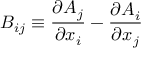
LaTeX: B _ { i j } \equiv { \frac { \partial A _ { j } } { \partial x _ { i } } } - { \frac { \partial A _ { i } } { \partial x _ { j } } }